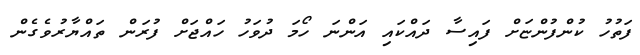
ފަތުހު ކުންފުންޏަށް ފައިސާ ދައްކައި އަންނަ ހޯމަ ދުވަހު ހައްޖަށް ފުރަން ތައްޔާރުވެގެން